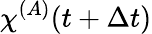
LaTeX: {\chi\smash[t]{\mathstrut}}^{(A)}(t+\Delta t)